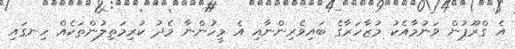
އެ ގްރޫޕުން ވަނުމާއެކު މުޒާހަރާގެ ބައިވެރިންނާއި އެ މީހުންނާ މެދު ކުރިމަތިލުންތަކެއް ހިނގައި